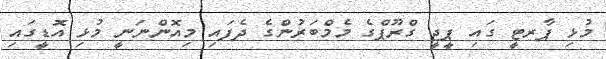
މުޅި ޕާރޓީ ގައި ޕީޖީ ގްރޫޕްގެ މެމްބަރުންގެ ދެފައި މިއޮންނަނީ މުޅި އޮޑީގައި